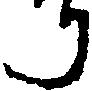
り